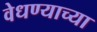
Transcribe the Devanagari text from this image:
वेधण्याच्या